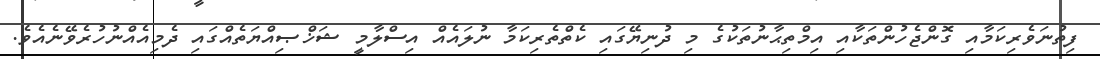
ފިތުނަވެރިކަމާއި ގޮންޖެހުންތަކާއި އިމްތިޙާނުތަކުގެ މި ދުނިޔޭގައި ކެތްތެރިކަމާ ނުލައެއް އިސްލާމީ ޝަޚްޞިއްޔަތެއްގައި ދެމިއެއްނުހުރެވޭނެއެވެ.